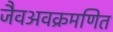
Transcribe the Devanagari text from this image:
जैवअवक्रमणित